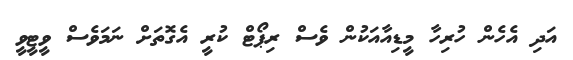
އަދި އެހެން ހުރިހާ މީޑިއާއަކުން ވެސް ރިޕޯޓް ކުރީ އެގޮތަށް ނަމަވެސް ވީޓީވީ